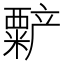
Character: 𬡻